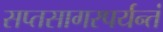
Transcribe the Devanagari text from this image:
सप्तसागरपर्यन्तं